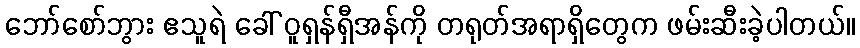
ဘော်စော်ဘွား ဧသူရဲ ခေါ် ဝူရှန်ရှီအန်ကို တရုတ်အရာရှိတွေက ဖမ်းဆီးခဲ့ပါတယ်။